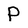
Character: P